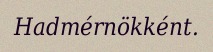
Hadmérnökként.